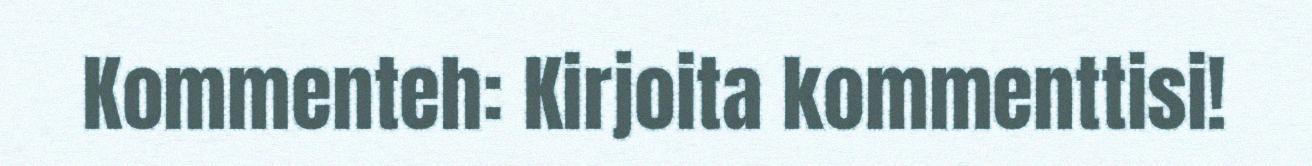
Kommenteh: Kirjoita kommenttisi!